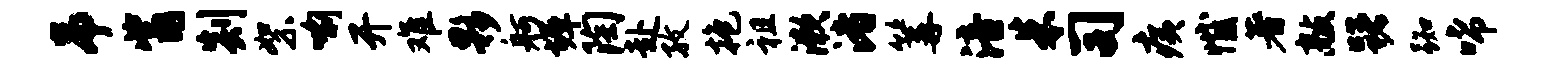
吊觜剡絮喻开难夥舸墀陶赴孜抱祖漱渚篝涪朱司痍憾著敲躇踟唏